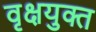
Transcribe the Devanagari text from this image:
वृक्षयुक्त